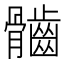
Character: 𩪲